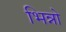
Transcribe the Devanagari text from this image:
भिन्नो